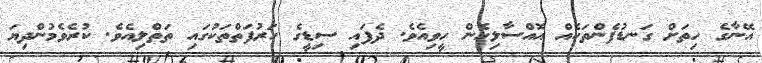
އޭނާގެ ހިތަށް ގަނޑުފެންތަކެއް އޮއްސާލިހެން ހީވިއެވެ. ދެފައި ސިޑީގެ ހަރުފަތްތަކުގައި ތަތްލިއެވެ. ކުރެވެމުންދިޔަ